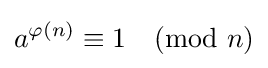
a^{\varphi (n)}\equiv 1{\pmod {n}}